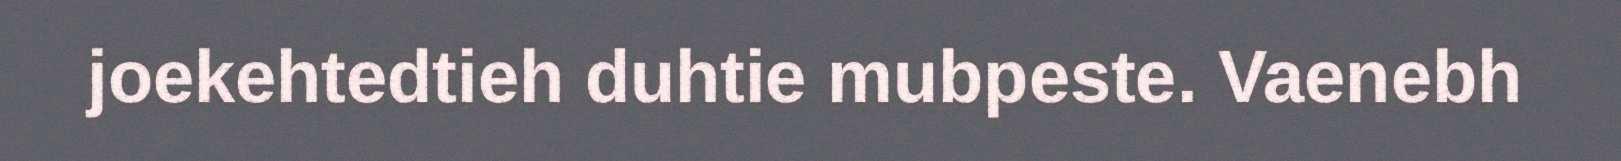
joekehtedtieh duhtie mubpeste. Vaenebh